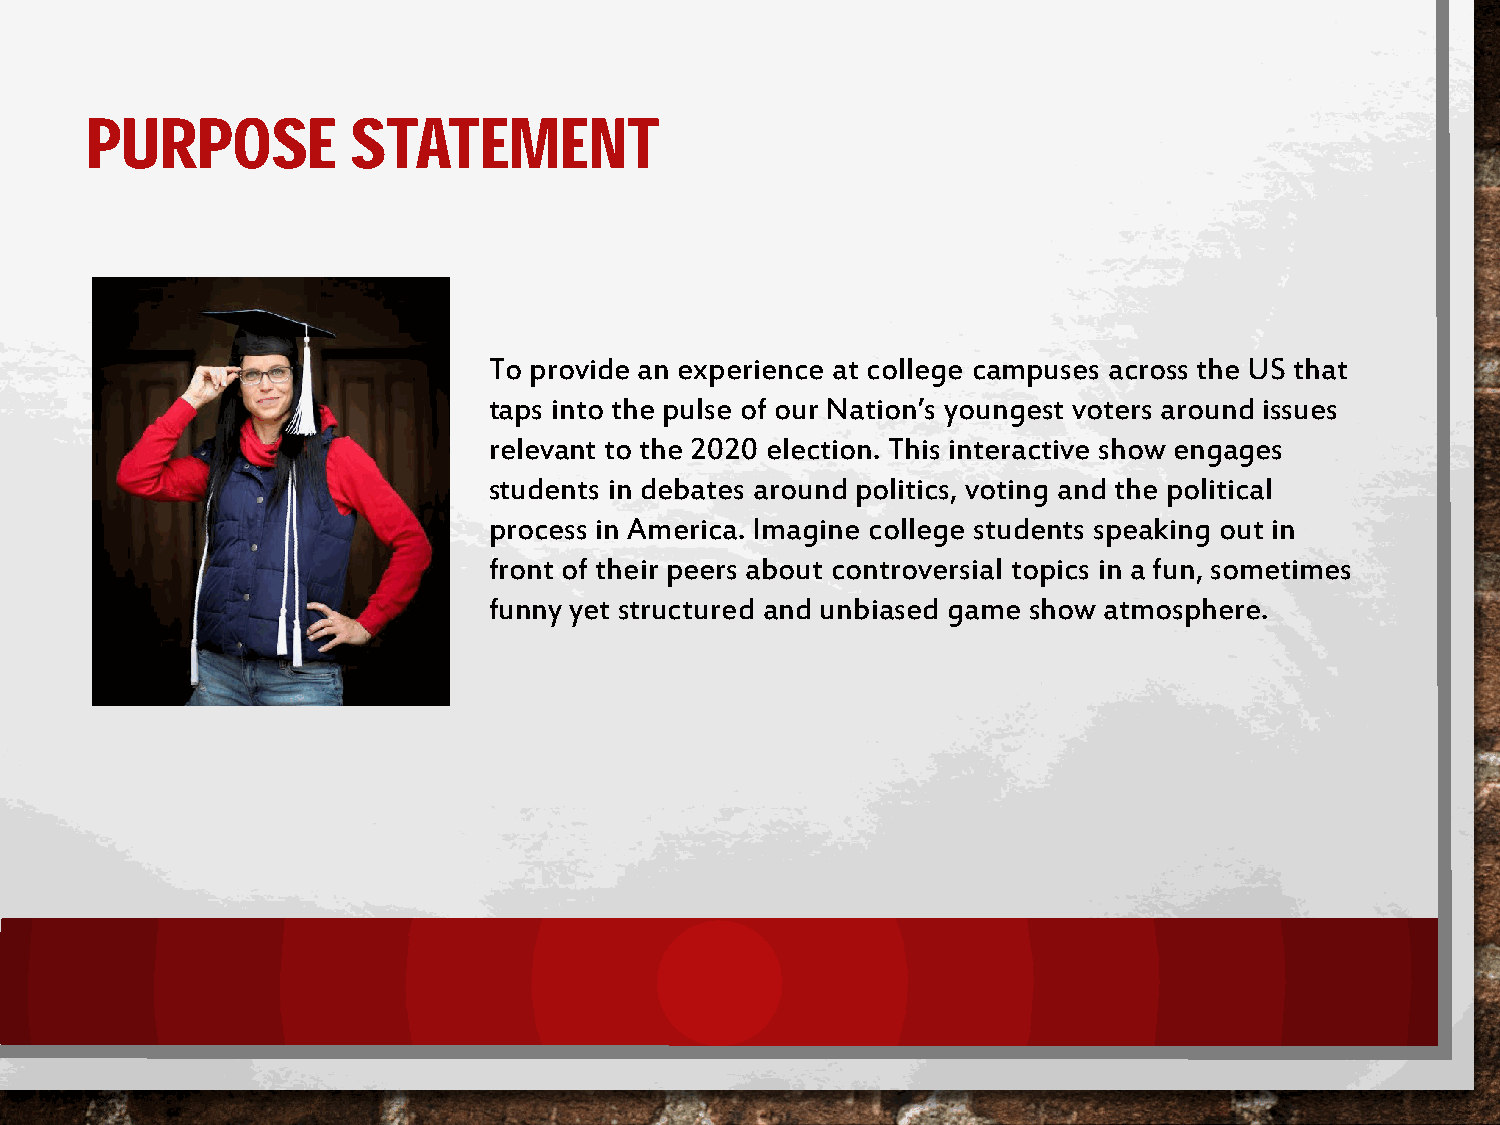
PURPOSE          STATEMENT
 To provide an experience at college campuses across the US that
 taps into the pulse of our Nation’s youngest voters around issues
 relevant to the 2020 election. This interactive show engages
 students in debates around politics, voting and the political
 process in America. Imagine college students speaking out in
 front of their peers about controversial topics in a fun, sometimes
 funny yet structured and unbiased game show atmosphere.